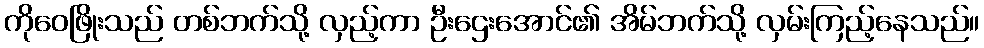
ကိုဝေဖြိုးသည် တစ်ဘက်သို့ လှည့်ကာ ဦးဌေးအောင်၏ အိမ်ဘက်သို့ လှမ်းကြည့်နေသည်။